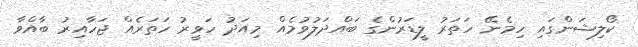
ކޯލިޝަންގައި ހިމެނޭ ހަތަރު ލީޑަރުންގެ ބައްދަލުވުމެއް މިއަދު ހަވީރު ހަތަރެއް ޖަހާއިރު ބާއްވާ